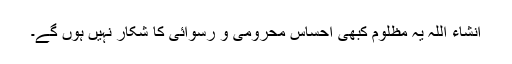
انشاء اللہ یہ مظلوم کبھی احساس محرومی و رسوائی کا شکار نہیں ہوں گے۔